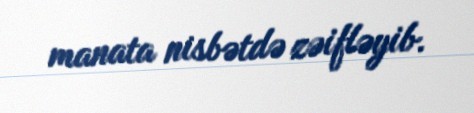
manata nisbətdə zəifləyib.